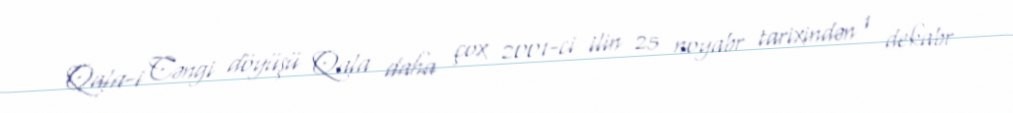
Qala-i Cəngi döyüşü Qala daha çox 2001-ci ilin 25 noyabr tarixindən 1 dekabr